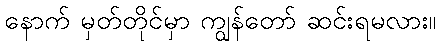
နောက် မှတ်တိုင်မှာ ကျွန်တော် ဆင်းရမလား။